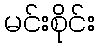
မင်းစိုင်း